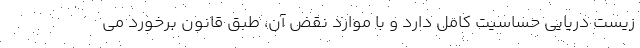
زیست دریایی حساسیت کامل دارد و با موارد نقض آن، طبق قانون برخورد می